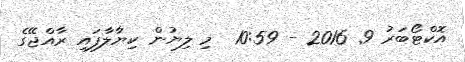
އޮކްޓޯބަރު 9